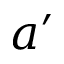
a ^ { \prime }